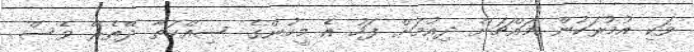
ވަކި އުމުރަކުން މައްޗަށް ދިއުމަށް ފަހު އެ މީހުންގެ ސިއްހަތާ ދޭތެރޭ ވެސް